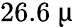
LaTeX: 26.6~\upmu